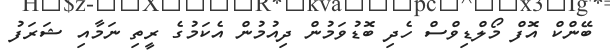
ބޭންކް އޮފް މޯލްޑިވްސް ހެދި ބޮޑުވަމުން ދިއުމުން އެކަމުގެ ރީތި ނަމާއި ޝަރަފު